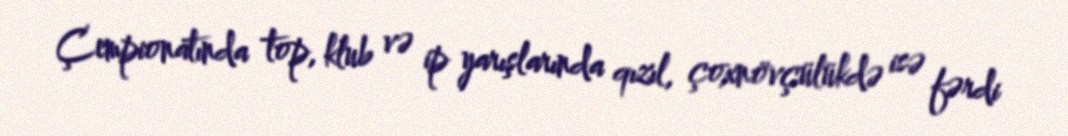
Çempionatında top, klub və ip yarışlarında qızıl, çoxnövçülükdə isə fərdi